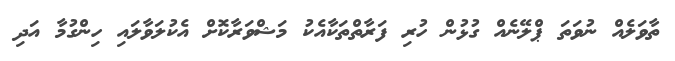
ތާވަލެއް ނުވަތަ ޕްލޭނެއް ގުޅުން ހުރި ފަރާތްތަކާއެކު މަޝްވަރާކޮށް އެކުލަވާލައި ހިންގުމާ އަދި